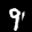
Label: 9